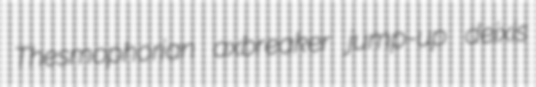
Thesmophorian axbreaker jump-up deixis